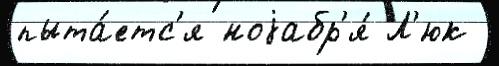
пыта́етс'я ноjабр'я́ Л'юк